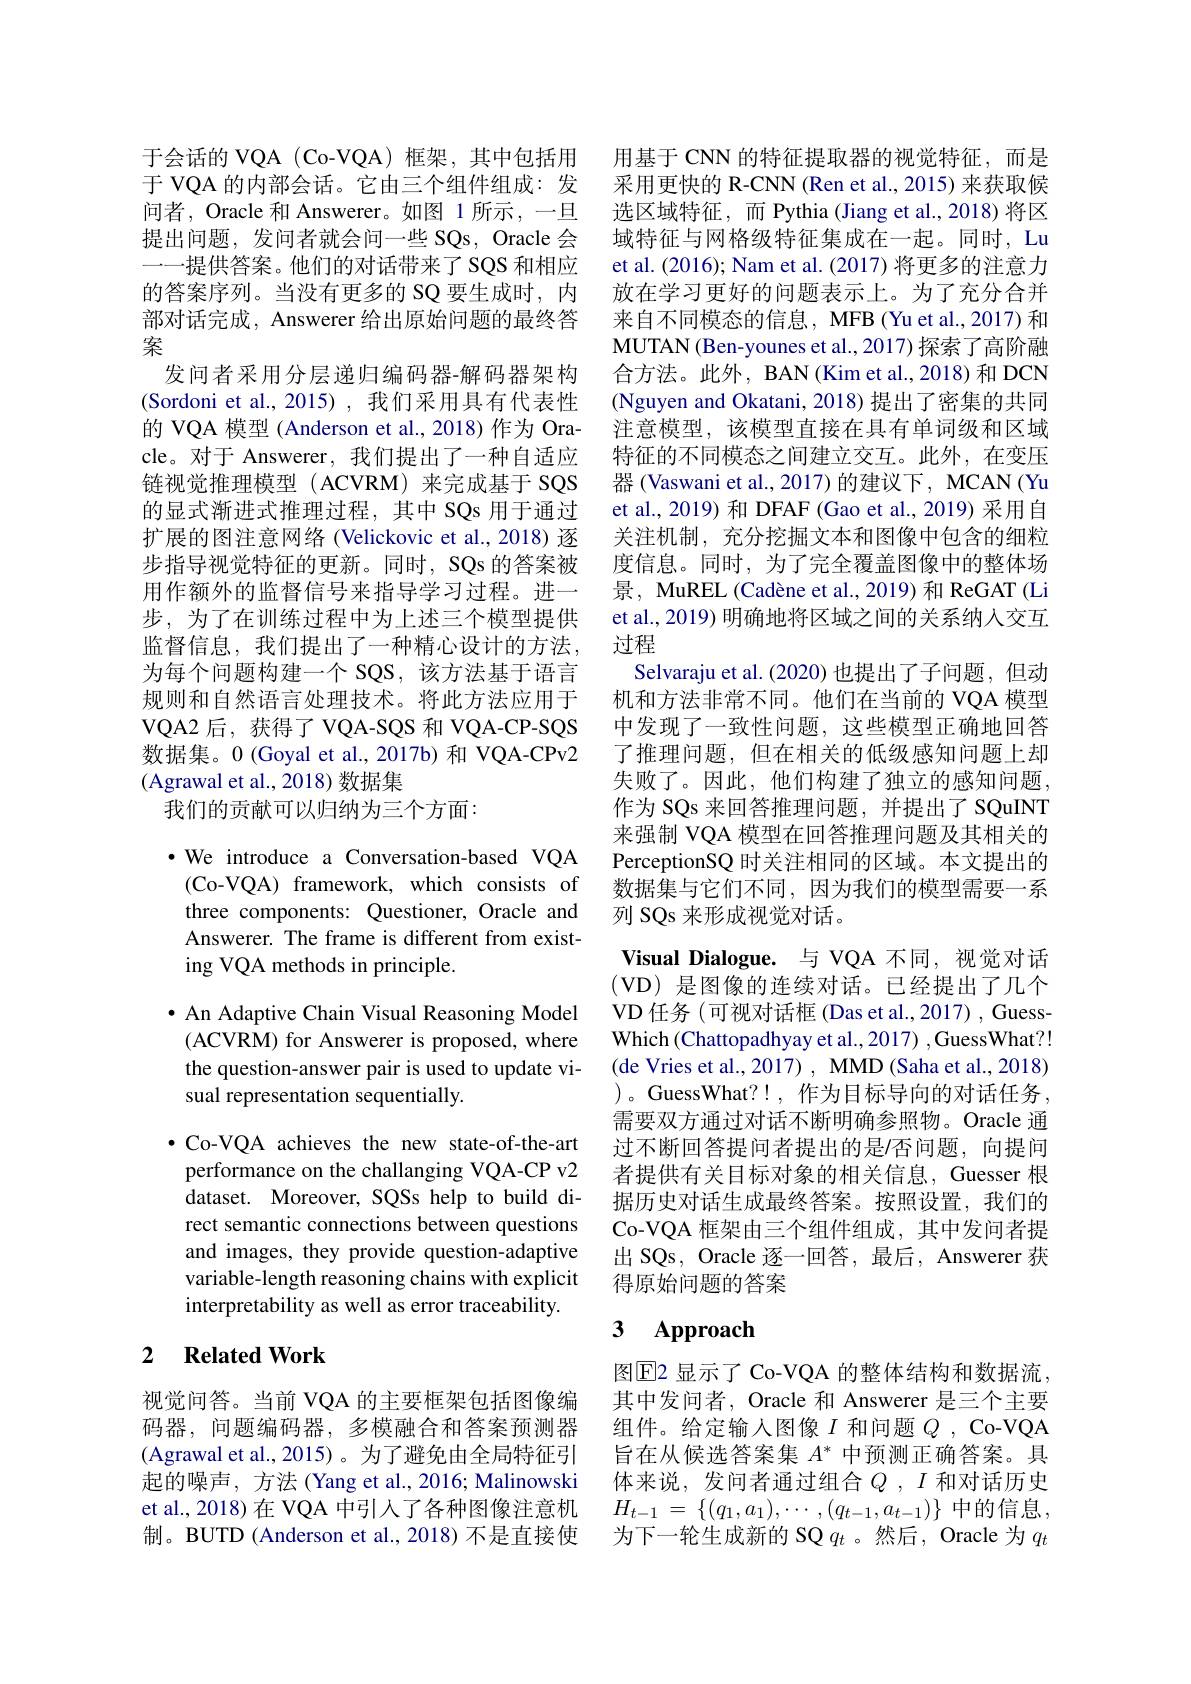
于会话的 VQA (Co-VQA) 框架，其中包括用于 VQA 的内部会话。它由三个组件组成：发问者，Oracle 和 Answerer。如图 1 所示，一旦提出问题，发问者就会问一些 SQs, Oracle 会一一提供答案。他们的对话带来了SOS和相应的答案序列。当没有更多的 SQ 要生成时，内部对话完成，Answerer 给出原始问题的最终答案
发问者采用分层递归编码器-解码器架构(Sordoni et al., 2015), 我们采用具有代表性的 VQA 模型 (Anderson et al., 2018) 作为 Oracle。对于 Answerer, 我们提出了一种自适应链视觉推理模型(ACVRM)来完成基于 SQS 的显式渐进式推理过程，其中 SQs 用于通过扩展的图注意网络 (Velickovic et al.,2018) 逐步指导视觉特征的更新。同时，SQs 的答案被用作额外的监督信号来指导学习过程。进一步，为了在训练过程中为上述三个模型提供监督信息，我们提出了一种精心设计的方法为每个问题构建一个 SQS,该方法基于语言规则和自然语言处理技术。将此方法应用于VQA2 后，获得了 VQA-SQS 和 VQA-CP-SQS 数据集。0 (Goyal et al., 2017b) 和 VQA-CPv2 (Agrawal et al., 2018) 数据集
我们的贡献可以归纳为三个方面：

·We introduce a Conversation-based VQA (Co-VQA) framework, which consists of three components: Questioner, Oracle and Answerer. The frame is different from existing VQA methods in principle.

$\bullet$ An Adaptive Chain Visual Reasoning Model (ACVRM) for Answerer is proposed, where the question-answer pair is used to update visual representation sequentially.

$\bullet$ Co-VQA achieves the new state-of-the-art performance on the challanging VQA-CP v2 dataset. Moreover, SQSs help to build direct semantic connections between questions and images, they provide question-adaptive variable-length reasoning chains with explicit interpretability as well as error traceability.

### 2 $\textbf{Related Work}$

视觉问答。当前 VQA 的主要框架包括图像编码器，问题编码器，多模融合和答案预测器(Agrawal et al., 2015)。为了避免由全局特征引起的噪声，方法 (Yang et al., 2016; Malinowski 制。BUTD (Anderson et al.,2018) 不是直接使

用基于 CNN 的特征提取器的视觉特征，而是采用更快的 R-CNN(Ren et al., 2015) 来获取候选区域特征，而 Pythia (Jiang et al.,2018)将区域特征与网格级特征集成在一起。同时，Lu et al. (2016); Nam et al. (2017) 将更多的注意力放在学习更好的问题表示上。为了充分合并来自不同模态的信息，MFB (Yu et al., 2017) 和MUTAN (Ben-younes et al., 2017) 探索了高阶融合方法。此外，BAN(Kim et al., 2018) 和 DCN (Nguyen and Okatani, 2018) 提出了密集的共同注意模型，该模型直接在具有单词级和区域特征的不同模态之间建立交互。此外，在变压器 (Vaswani et al., 2017) 的建议下，MCAN (Yu et al., 2019) 和 DFAF (Gao et al., 2019) 采用自关注机制，充分挖掘文本和图像中包含的细粒度信息。同时，为了完全覆盖图像中的整体场景，MuREL (Cadène et al., 2019) 和 ReGAT (Li et al., 2019) 明确地将区域之间的关系纳人交互过程
Selvaraju et al.(2020)也提出了子问题，但动机和方法非常不同。他们在当前的 VQA 模型中发现了一致性问题，这些模型正确地回答了推理问题，但在相关的低级感知问题上却失败了。因此，他们构建了独立的感知问题作为 SQs 来回答推理问题，并提出了 SQuINT 来强制 VQA 模型在回答推理问题及其相关的PerceptionSQ 时关注相同的区域。本文提出的数据集与它们不同，因为我们的模型需要一系列 SQs 来形成视觉对话。
Visual Dialogue. 与 VQA 不同，视觉对话(VD) 是图像的连续对话。已经提出了几个VD 任务 (可视对话框 (Das et al.,2017) , GuessWhich (Chattopadhyay et al., 2017) ,GuessWhat?! (de Vries et al., 2017) , MMD (Saha et al., 2018) )。GuessWhat?!,作为目标导向的对话任务， 需要双方通过对话不断明确参照物。Oracle 通过不断回答提问者提出的是/否问题，向提问者提供有关目标对象的相关信息，Guesser 根据历史对话生成最终答案。按照设置，我们的Co-VQA 框架由三个组件组成，其中发问者提出 SQs, Oracle 逐一回答，最后，Answerer 获得原始问题的答案
3 Approach

图$\operatorname{E}$2 显示了 Co-VQA 的整体结构和数据流其中发问者，Oracle 和 Answerer 是三个主要组件。给定输入图像$I$ 和问题 $Q$, Co-VQA 旨在从候选答案集$A^*$中预测正确答案。具体来说，发问者通过组合$Q,I$ 和对话历史
et al., 2018) 在 VQA 中引人了各种图像注意机$H_{t-1}=\{(q_1,a_1),\cdots,(q_{t-1},a_{t-1})\}$中的信息，
为下一轮生成新的 SQ $q_t$ 。然后，Oracle 为$q_t$